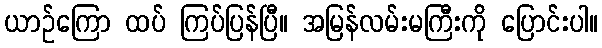
ယာဉ်ကြော ထပ် ကြပ်ပြန်ပြီ။ အမြန်လမ်းမကြီးကို ပြောင်းပါ။